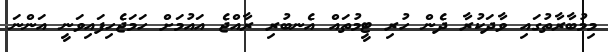
މިމުބާރާތުގައި ވާދަކުރާ ދެން ހުރި ޓީމުތައް އެނބުރި ރާއްޖެ އައުމަށް ހަމަޖެހިފައިވަނީ އަންނަ